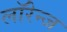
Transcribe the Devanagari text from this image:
लॉरेन्ज